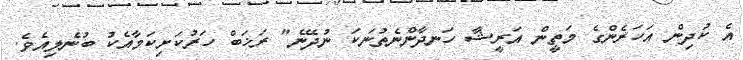
އެ ކުދިން އަހަރެންގެ މަތީން އަރީޝާ ހަނދާންނެތުނަކަ ނުދޭނެ" ރަޚަބް ހަރުކަށިކަމާއެކު ބުނެލިއެވެ.